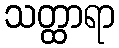
သတ္ထာရာ